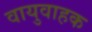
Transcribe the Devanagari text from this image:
वायुवाहक